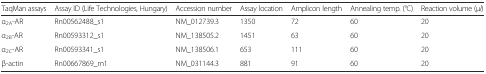
| TaqMan assays | Assay ID (Life Technologies, Hungary) | Accession number | Assay location | Amplicon length | Annealing temp. (°C) | Reaction volume (μl) |
 | --- | --- | --- | --- | --- | --- | --- |
 | α2A-AR | Rn00562488_s1 | NM_012739.3 | 1350 | 72 | 60 | 20 |
 | α2B-AR | Rn00593312_s1 | NM_138505.2 | 1451 | 63 | 60 | 20 |
 | α2C-AR | Rn00593341_s1 | NM_138506.1 | 653 | 111 | 60 | 20 |
 | β-actin | Rn00667869_m1 | NM_031144.3 | 881 | 91 | 60 | 20 |